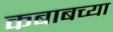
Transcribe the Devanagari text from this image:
कबाबच्या